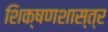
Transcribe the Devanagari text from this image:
शिक्षणशास्‍त्र